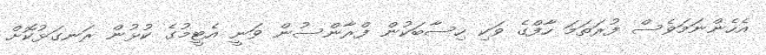
އެހެންނަމަވެސް ފުރަތަމަ ހާފްގެ ވަކި ހިސާބަކުން ފްރާންސުން ވަނީ އެޓީމުގެ ކުޅުން ރަނގަޅުކޮށް